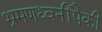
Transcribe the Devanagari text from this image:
भ्रमणध्वनींपैकी